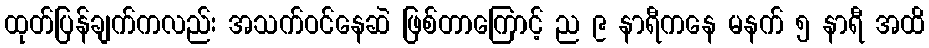
ထုတ်ပြန်ချက်ကလည်း အသက်ဝင်နေဆဲ ဖြစ်တာကြောင့် ည ၉ နာရီကနေ မနက် ၅ နာရီ အထိ